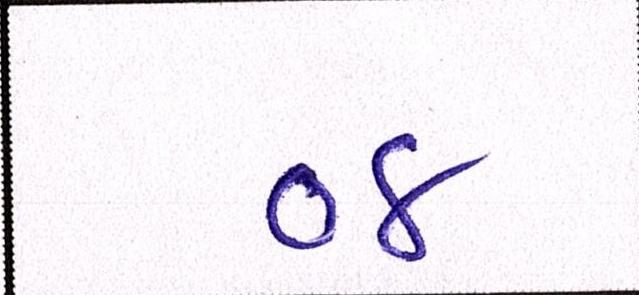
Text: ૦૪